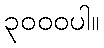
၃၀၀၀ပါ။